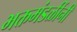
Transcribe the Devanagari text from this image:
भक्तमंडळींनी